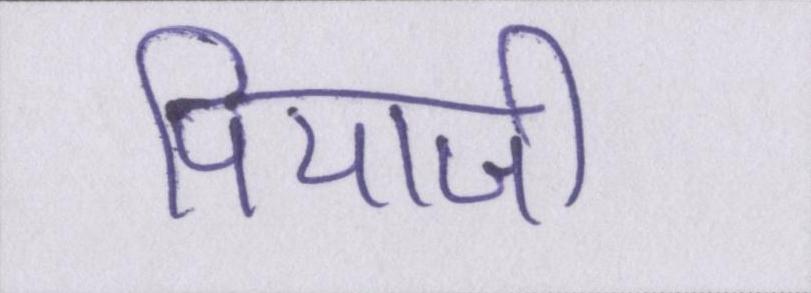
पियाजी